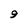
Character: 9